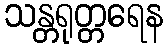
သန္တရုတ္တရေန